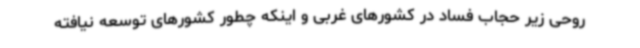
روحی زیر حجاب فساد در کشورهای غربی و اینکه چطور کشورهای توسعه نیافته